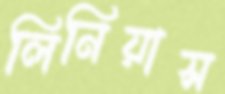
লিনিয়াস